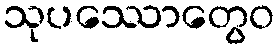
သုပဿောတွေဝ